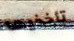
تأخذيها